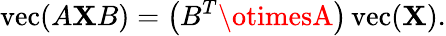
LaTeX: \operatorname{vec}(A\mathbf{X}B)=\left(B^{T}\otimesA\right)\operatorname{vec}(\mathbf{X}).